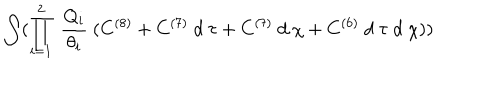
\int ( \prod _ { i = 1 } ^ { 2 } ~ \frac { Q _ { i } } { \theta _ { i } } ~ ( C ^ { ( 8 ) } + C ^ { ( 7 ) } ~ d ~ \tau + C ^ { ( 7 ) } ~ d ~ \chi + C ^ { ( 6 ) } ~ d ~ \tau ~ d ~ \chi ) )